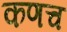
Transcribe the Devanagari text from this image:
कणच